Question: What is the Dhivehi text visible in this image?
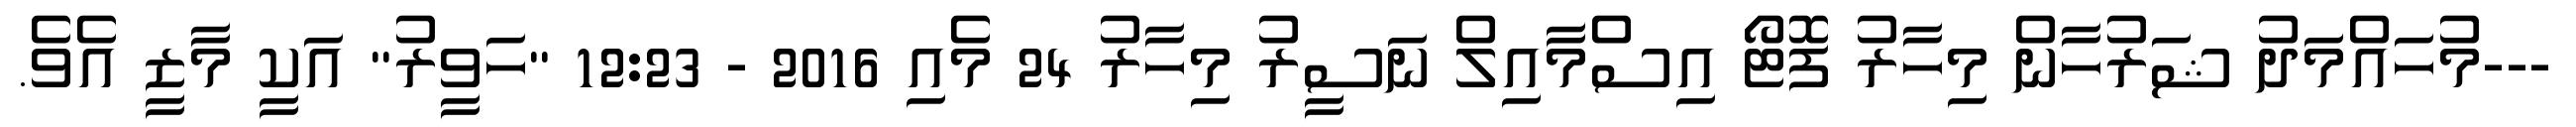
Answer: ---މުހައްމަދު ޝަރުހާން މިހާރު ފޮޓޯ އިސްމާއިލް ނަސީރު މިހާރު 24 މެއި 2016 - 12:23 "ހަވީރު" އަކީ މާޒީ އެވެ.